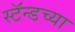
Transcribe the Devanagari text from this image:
स्टॅन्डच्या